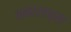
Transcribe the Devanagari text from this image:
नकाशाच्या